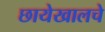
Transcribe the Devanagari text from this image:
छायेखालचे